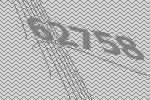
62758